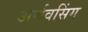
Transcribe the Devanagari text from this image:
अर्णवसिंग